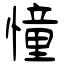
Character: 憧